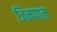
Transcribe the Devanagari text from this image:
जिनपाल